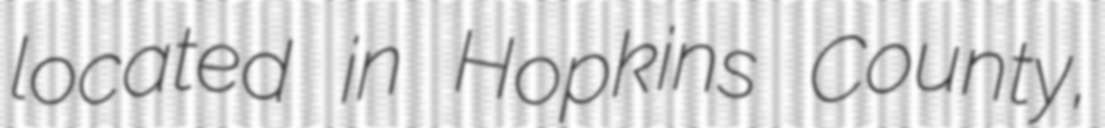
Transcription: located in Hopkins County,